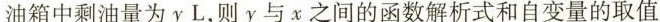
油箱中剩油量为yL，则y与x之间的函数解析式和自变量的取值